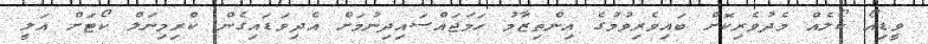
ވީޑިއޯ ކޯލެއް މެދުވެރިކޮށް ބައިވެރިވުމުގެ އިންތިޒާމު ހަމަޖައްސައިދިނުމަށް އެދިވަޑައިގެން ކްރިމިނަލް ކޯޓަށް އަލީ